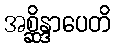
အစ္ဆိန္ဒာပေတိ